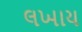
લખાય